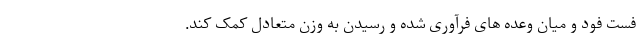
فست فود و میان وعده های فرآوری شده و رسیدن به وزن متعادل کمک کند.